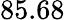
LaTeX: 85.68